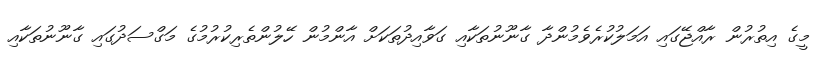
މީގެ އިތުރުން ރާއްޖޭގައި އަމަލުކުރެވެމުންދާ ގާނޫނުތަކާއި ގަވާއިދުތަކަށް އާންމުން ހޭލުންތެރިކުރުމުގެ މަގްސަދުގައި ގާނޫނުތަކާއި